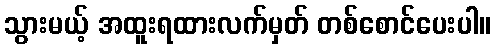
သွားမယ့် အထူးရထားလက်မှတ် တစ်စောင်ပေးပါ။